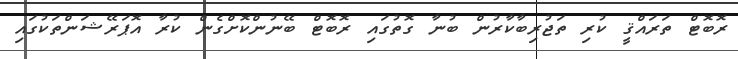
ރޮބޮޓް ތަރައްޤީ ކުރި ތަޖުރިބާކާރުން ބުނާ ގޮތުގައި ރޮބޮޓް ބޭނުންކޮށްގެން ކުރާ އޮޕަރޭޝަންތަކުގައި